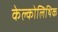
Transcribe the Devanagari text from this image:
केल्कोलिथिक